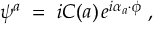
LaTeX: \psi ^ { a } \; = \; i { \cal C } ( a ) \, e ^ { i \alpha _ { a } \cdot \phi } \; ,